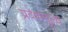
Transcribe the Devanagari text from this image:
प्रवेशमूल्य